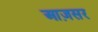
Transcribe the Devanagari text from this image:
आज़सर